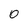
Character: O